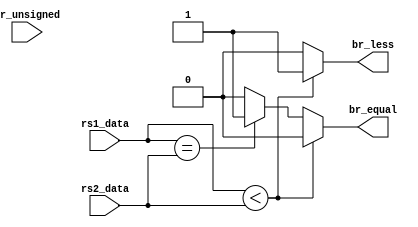
module brcomp (
    rs1_data,    
    rs2_data,
	br_unsigned, 
	br_less,     
	br_equal	 
);
parameter XLEN = 32;
input wire [XLEN-1:0] rs1_data, rs2_data;
input br_unsigned;
output reg br_less;
output reg br_equal;
always @(*) begin
	 if(br_unsigned)
	 begin
	 if (rs1_data < rs2_data) begin br_equal = 0; br_less = 1; end
	 else if (rs1_data == rs2_data) begin br_equal = 1; br_less = 0; end
	 else  begin br_equal = 0; br_less = 0; end
	 end
	 else
	 begin
	 if (rs1_data < rs2_data) begin br_equal = 0; br_less = 1; end
	 else if (rs1_data == rs2_data) begin br_equal = 1; br_less = 0; end
	 else  begin br_equal = 0; br_less = 0; end
	 end
    end
endmodule